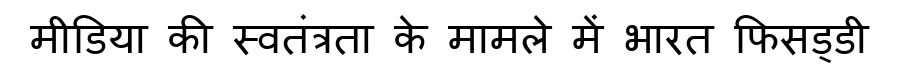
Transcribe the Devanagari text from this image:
मीडिया की स्वतंत्रता के मामले में भारत फिसड्डी